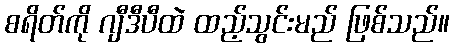
စရိတ်ကို ဂျီဒီပီထဲ ထည့်သွင်းမည် ဖြစ်သည်။